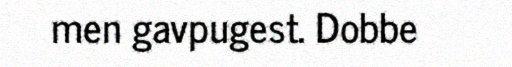
men gavpugest. Dobbe